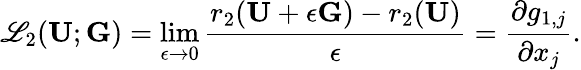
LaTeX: \mathscr{L}_{2}(\mathbf{U};\mathbf{G})=\operatorname*{lim}_{\epsilon\to 0}\frac{r_{2}(\mathbf{U}+\epsilon\mathbf{G})-r_{2}(\mathbf{U})}{\epsilon}=\frac{\partial g_{1,j}}{\partial x_{j}}.